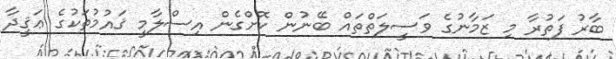
ބާރު ފަތުރާ މި ޒަމާނުގެ ވަސީލަތްތައް ބޭނުން ކޮށްގެން އިސްލާމީ ޤައުމުތަކުގެ ޢަޤީދާ